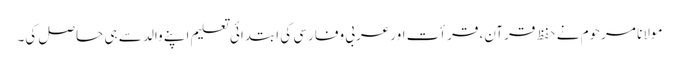
مولانا مرحوم نے حفظ قرآن، قرأت اور عربی وفارسی کی ابتدائی تعلیم اپنے والد سے ہی حاصل کی۔